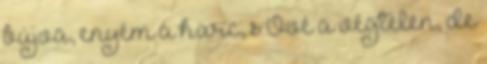
bújva, enyém a harc, s Övé a végtelen, de